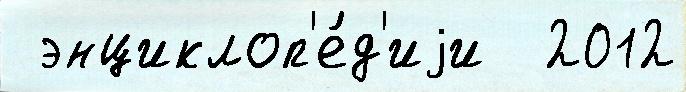
 энциклоп'е́д'иjи  2012